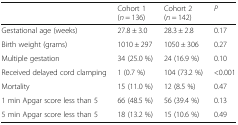
<table><thead><tr><td></td><td><b>Cohort 1 (<i>n</i> = 136)</b></td><td><b>Cohort 2 (<i>n</i> = 142)</b></td><td><b><i>P</i></b></td></tr></thead><tbody><tr><td>Gestational age (weeks)</td><td>27.8 ± 3.0</td><td>28.3 ± 2.8</td><td>0.17</td></tr><tr><td>Birth weight (grams)</td><td>1010 ± 297</td><td>1050 ± 306</td><td>0.27</td></tr><tr><td>Multiple gestation</td><td>34 (25.0 %)</td><td>24 (16.9 %)</td><td>0.10</td></tr><tr><td>Received delayed cord clamping</td><td>1 (0.7 %)</td><td>104 (73.2 %)</td><td>&lt;0.001</td></tr><tr><td>Mortality</td><td>15 (11.0 %)</td><td>12 (8.5 %)</td><td>0.47</td></tr><tr><td>1 min Apgar score less than 5</td><td>66 (48.5 %)</td><td>56 (39.4 %)</td><td>0.13</td></tr><tr><td>5 min Apgar score less than 5</td><td>18 (13.2 %)</td><td>15 (10.6 %)</td><td>0.49</td></tr></tbody></table>